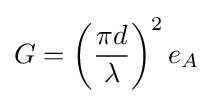
G=\left({\frac {\pi d}{\lambda }}\right)^{2}e_{A}